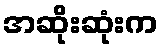
အဆိုးဆုံးက